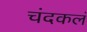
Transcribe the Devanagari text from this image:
चंदकलं